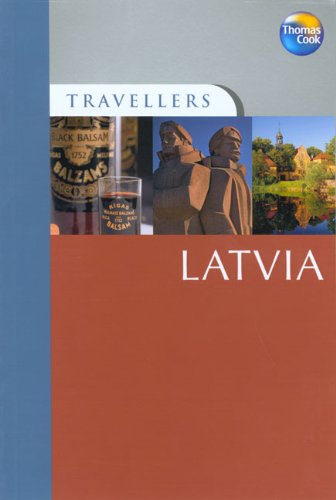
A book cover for Travellers Latvia, 2nd: Guides to destinations worldwide (Travellers - Thomas Cook); Robin McKelvie; Travel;